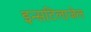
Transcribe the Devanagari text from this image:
इन्सटिलाजेल